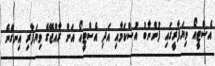
އެސްޓީއޯ ވިޔަފާރީގައި ފުންނާބު އުސްކަމާއި އަދި އެސްޓީއޯ އަށް ރާއްޖޭގެ ވިޔަފާރި އިނގޭނެ